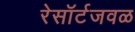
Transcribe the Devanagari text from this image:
रेसॉर्टजवळ